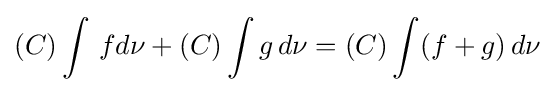
(C)\int \,fd\nu +(C)\int g\,d\nu =(C)\int (f+g)\,d\nu